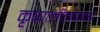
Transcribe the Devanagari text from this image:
कृष्णलीलोपदेश